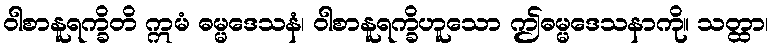
ဝါစာနူရက္ခိတိ ဣမံ ဓမ္မဒေသနံ၊ ဝါစာနူရက္ခိဟူသော ဤဓမ္မဒေသနာကို။ သတ္ထာ၊